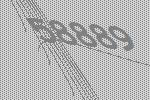
58889